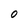
Character: O